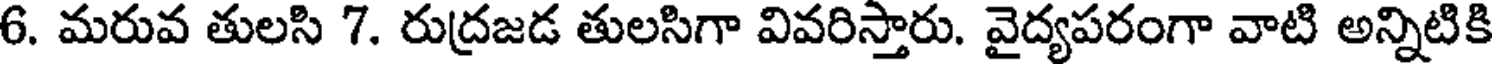
6. మరువ తులసి 7. రుద్రజడ తులసిగా వివరిస్తారు. వైద్యపరంగా వాటి అన్నిటికి